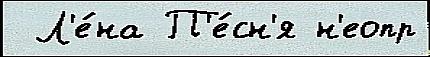
 Л'е́на П'е́сн'я н'еопр